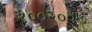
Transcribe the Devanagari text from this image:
१००२००७